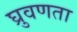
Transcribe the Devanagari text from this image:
घ्रुवणता